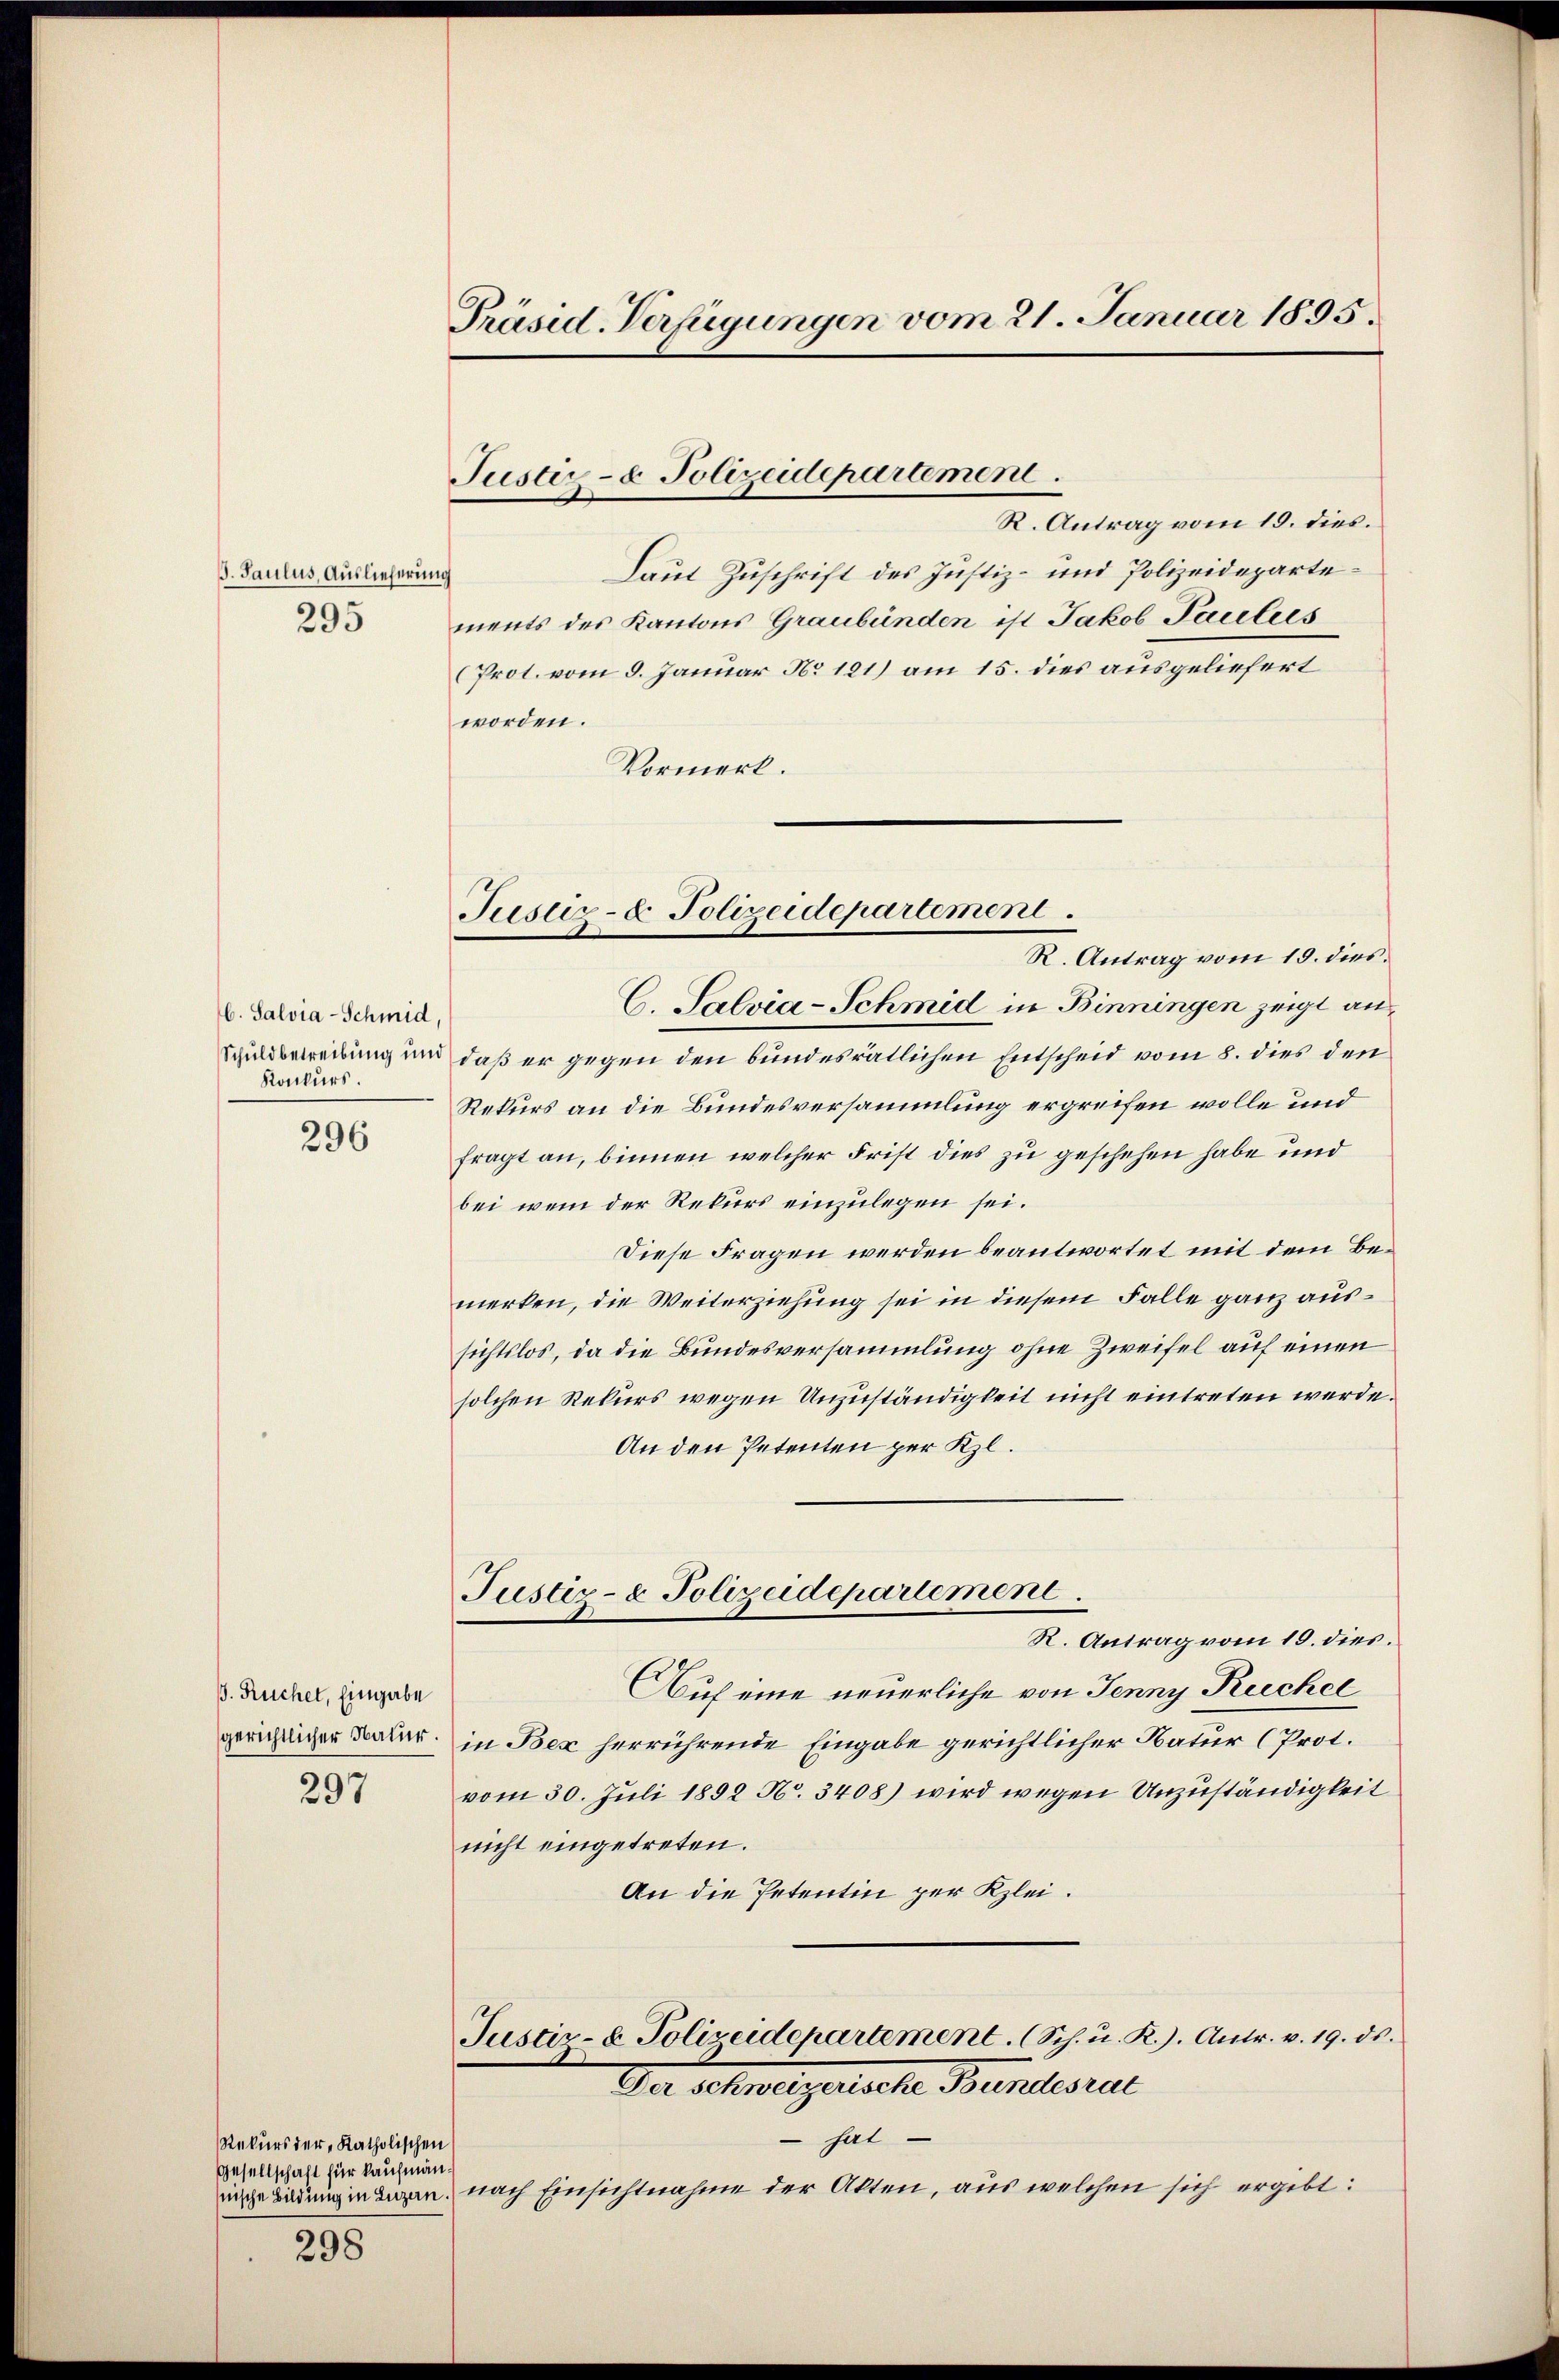
G. Saulus, Auslieferung
295

C. Salvia-Schmid,
Konkurs.

296

. Ruchel, Eingabe
gerichtlicher Natur.

297

Rekurs der Katholischen
Gesellschaft für kaufmän¬
298

Präsid-Verfügungen vom 21. Januar 1895.

R. Antrag vom 19. dies.
Laut Zuschrift des Justiz- und Polizeidepartements des Kantons Graubünden ist Jakob Paulies
(Prot. vom 9. Januar No 121) am 15. dies ausgeliefert
worden.
Vormerk.

Justiz- & Polizeidepartement.

Justiz- & Polizeidepartement.
R. Antrag vom 15. dies

C. Salvia-Schmid in Binningen zeigt an
Schuldbetreibung und daß er gegen den bundesrätlichen Entscheid vom 8. dies den
Rekurs an die Bundesversammlung ergreifen wolle und
fragt an, binnen welcher Frist dies zu geschehen habe und
bei wem der Rekurs einzulegen sei.
Diese Fragen werden beantwortet mit dem Bemerken, die Weiterziehung sei in diesem Falle ganz aussichtslos, da die Bundesversammlung ohne Zweifel auf einen
solchen Rekurs wegen Unzuständigkeit nicht eintreten werde.
An den Petenten per Kl.
Justiz- & Polizeidepartement.
R. Antrag vom 19. dies.
Auf eine neuerliche von Jenny Kuchel
in Bex herrührende Eingabe gerichtlicher Natur (Prot.
vom 30. Juli 1892 N. 3408) wird wegen Unzuständigkeit
nicht eingetreten.
An die Petentin per Klei¬
Justiz- & Polizeidepartement. (Sch. u. R.). Antr. v. 19. ds.
Der Schweizertsche Bundesrat
hat
ingeladung intigen, nach Einsichtnahme der Akten, aus welchen sich ergibt: